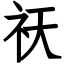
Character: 祆